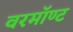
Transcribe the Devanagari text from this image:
वरमॉण्ट